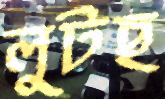
লুটছ